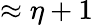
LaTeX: \approx\eta+1